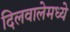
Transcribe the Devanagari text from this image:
दिलवालेमध्ये